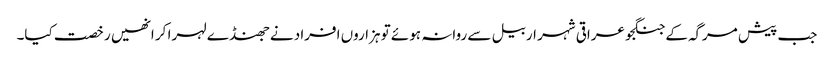
جب پیش مرگہ کے جنگجو عراقی شہر اربیل سے روانہ ہوئے تو ہزاروں افراد نے جھنڈے لہرا کر انھیں رخصت کیا۔